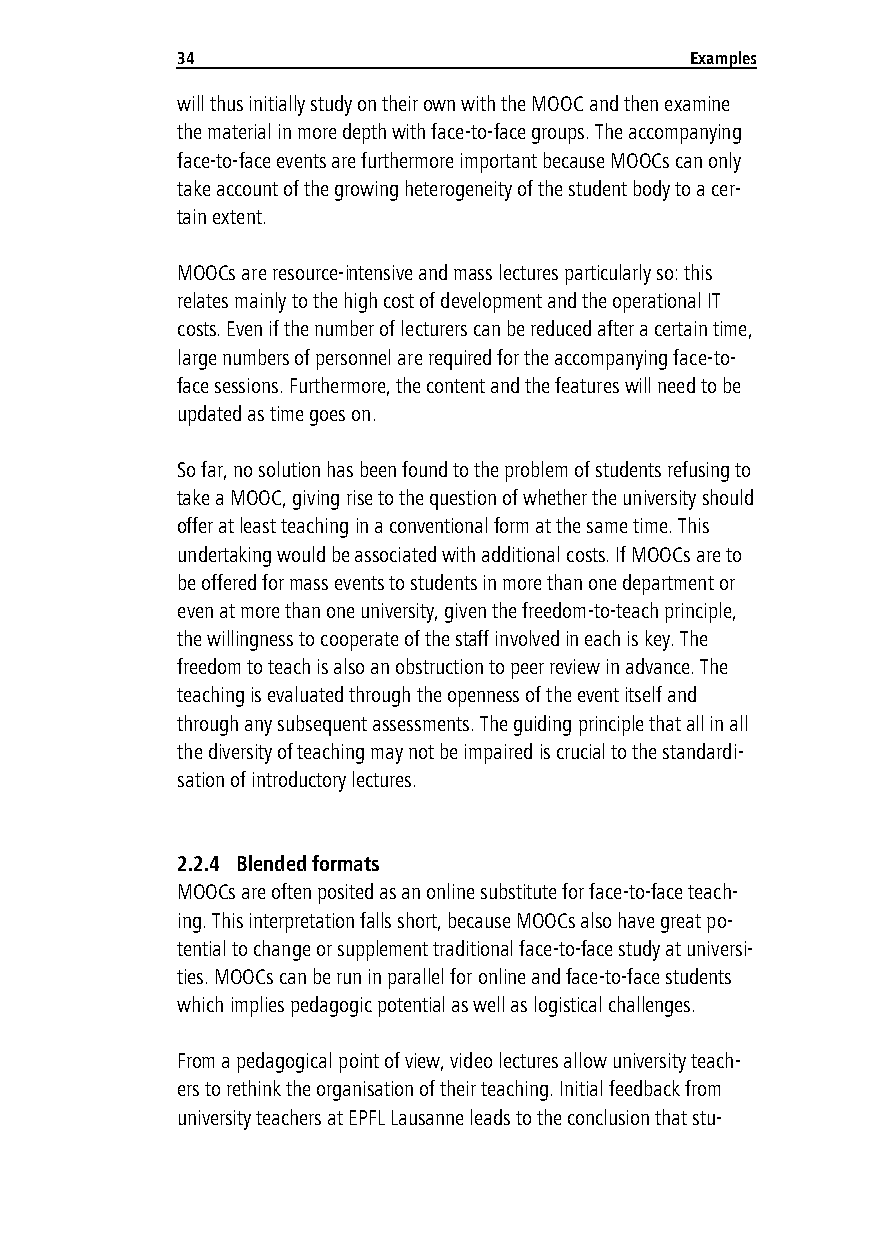
34                                Examples
 will thus initially study on their own with the MOOC and then examine
 the material in more depth with face-to-face groups. The accompanying
 face-to-face events are furthermore important because MOOCs can only
 take account of the growing heterogeneity of the student body to a cer-
 tain extent.
 MOOCs are resource-intensive and mass lectures particularly so: this
 relates mainly to the high cost of development and the operational IT
 costs. Even if the number of lecturers can be reduced after a certain time,
 large numbers of personnel are required for the accompanying face-to-
 face sessions. Furthermore, the content and the features will need to be
 updated as time goes on.
 So far, no solution has been found to the problem of students refusing to
 take a MOOC, giving rise to the question of whether the university should
 offer at least teaching in a conventional form at the same time. This
 undertaking would be associated with additional costs. If MOOCs are to
 be offered for mass events to students in more than one department or
 even at more than one university, given the freedom-to-teach principle,
 the willingness to cooperate of the staff involved in each is key. The
 freedom to teach is also an obstruction to peer review in advance. The
 teaching is evaluated through the openness of the event itself and
 through any subsequent assessments. The guiding principle that all in all
 the diversity of teaching may not be impaired is crucial to the standardi-
 sation of introductory lectures.
 2.2.4 Blended formats
 MOOCs are often posited as an online substitute for face-to-face teach-
 ing. This interpretation falls short, because MOOCs also have great po-
 tential to change or supplement traditional face-to-face study at universi-
 ties. MOOCs can be run in parallel for online and face-to-face students
 which implies pedagogic potential as well as logistical challenges.
 From a pedagogical point of view, video lectures allow university teach-
 ers to rethink the organisation of their teaching. Initial feedback from
 university teachers at EPFL Lausanne leads to the conclusion that stu-